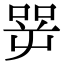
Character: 㖾